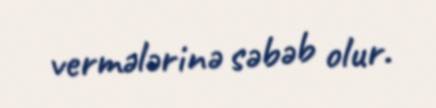
vermələrinə səbəb olur.